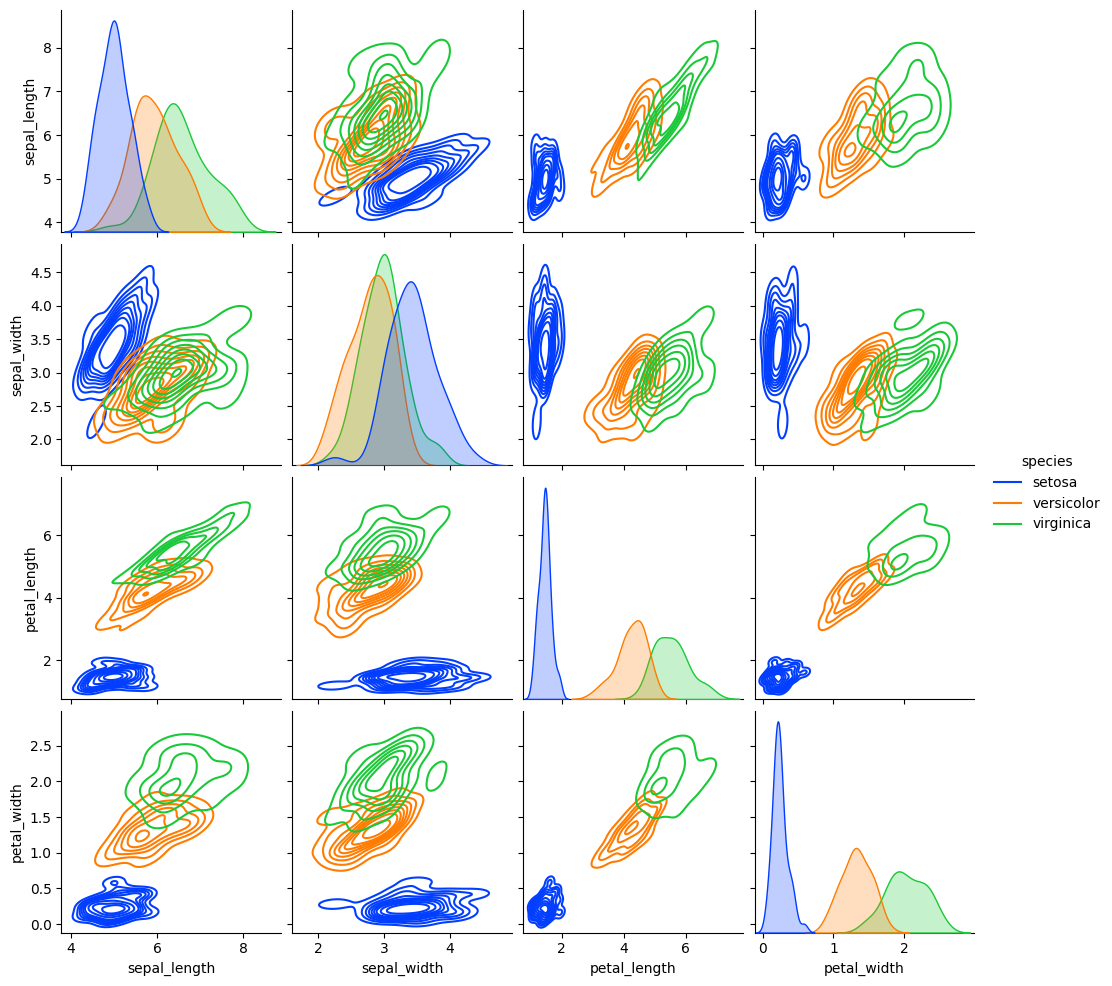
python, seaborn, pairplot, palette='bright', markers=['o'], kind='kde', diag_kind='auto'